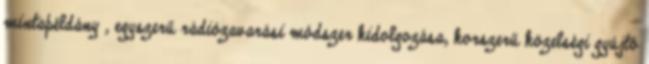
mintapéldány , egyszerű rádiózavarási módszer kidolgozása, korszerű közelségi gyújtó